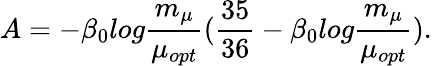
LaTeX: A=-\beta_{0}log\frac{m_{\mu}}{\mu_{opt}}(\frac{35}{36}-\beta_{0}log\frac{m_{\mu}}{\mu_{opt}}).